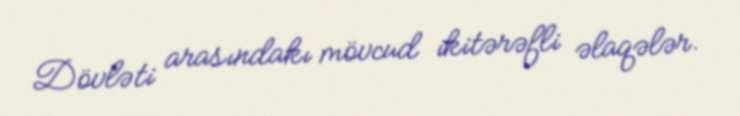
Dövləti arasındakı mövcud ikitərəfli əlaqələr.